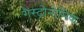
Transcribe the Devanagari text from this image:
गैस्ट्रोनोमिक